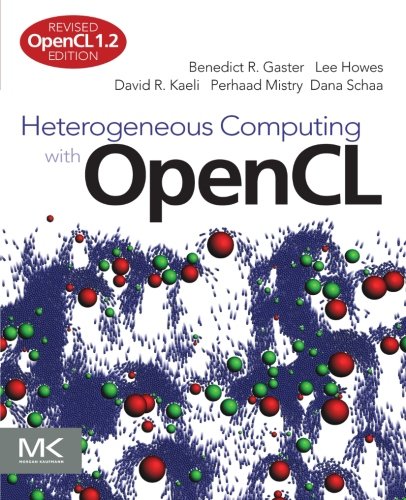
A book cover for Heterogeneous Computing with OpenCL, Second Edition: Revised OpenCL 1.2 Edition; Benedict Gaster; Computers & Technology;